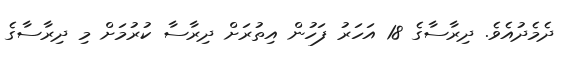
ދެމެދުއެވެ. ދިރާސާގެ 18 އަހަރު ފަހުން އިތުރަށް ދިރާސާ ކުރުމަށް މި ދިރާސާގެ